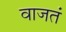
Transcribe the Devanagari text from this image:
वाजतं